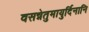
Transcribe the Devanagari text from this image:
वसन्नेतुमायुर्दिनानि